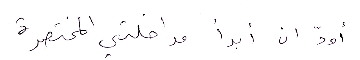
أودّ أن أبدأ مداخلتي المختصرة